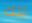
تلك